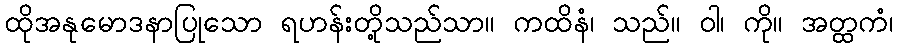
ထိုအနုမောဒနာပြုသော ရဟန်းတို့သည်သာ။ ကထိနံ၊ သည်။ ဝါ၊ ကို။ အတ္ထကံ၊